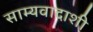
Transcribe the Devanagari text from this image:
साम्यवादाशी